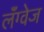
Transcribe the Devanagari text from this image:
लॅंग्वेज